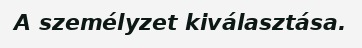
A személyzet kiválasztása.